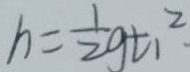
h = \frac { 1 } { 2 } g t 1 ^ { 2 }